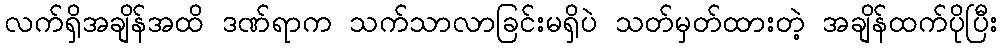
လက်ရှိအချိန်အထိ ဒဏ်ရာက သက်သာလာခြင်းမရှိပဲ သတ်မှတ်ထားတဲ့ အချိန်ထက်ပိုပြီး